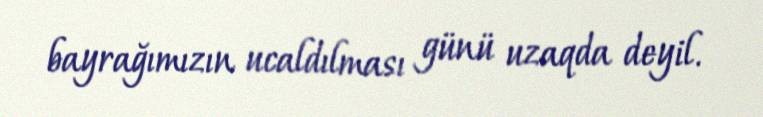
bayrağımızın ucaldılması günü uzaqda deyil.